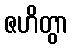
ဇဟိတွာ